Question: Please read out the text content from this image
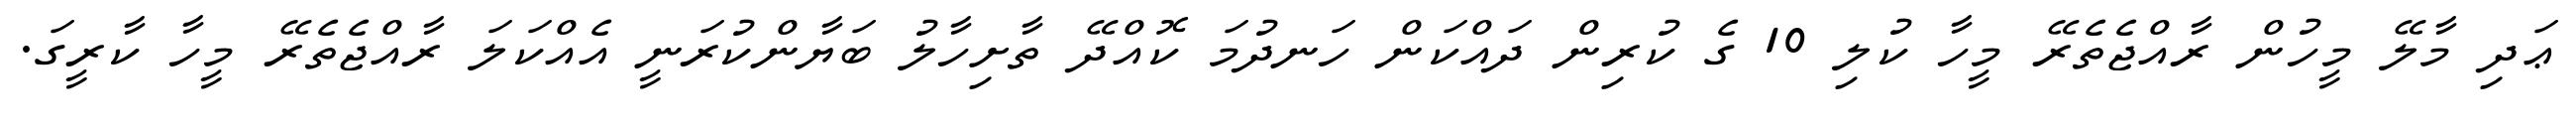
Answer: ޢަދި މާލޭ މީހުން ރާއްޖެތެރޭ މީހާ ކުލި 10 ގެ ކުރިން ދައްކަން ހަނދުމަ ކޮއްދޭ ތާށިހާލު ބަޔާންކުރަނީ އެއްކަލަ ރާއްޖެތެރޭ މީހާ ކާރީގަ.